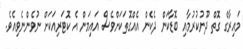
މައިރާގެ ގޮތް ދޫނުކުރުމާއި ބޮޑާކަން ދެކެން އެއްގޮތަކަށްވެސް އައިމަން އެ ކޮޓަރިއަކަށް ނުވެންނެވިއެވެ.